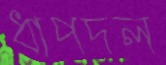
ধাপদল